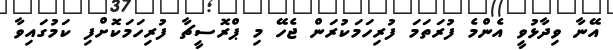
އޭނާ ވިދާޅުވީ އެންމެ ފުރަތަމަ ފުރިހަމަކުރަން ޖެހޭ މި ޕްރޮސީޗާ ފުރިހަމަކޮށްފި ކަމުގައިވާ